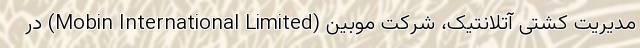
مدیریت کشتی آتلانتیک، شرکت موبین (Mobin International Limited) در